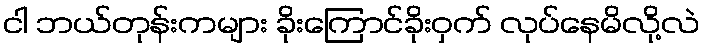
ငါ ဘယ်တုန်းကများ ခိုးကြောင်ခိုးဝှက် လုပ်နေမိလို့လဲ